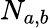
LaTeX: N_{a,b}